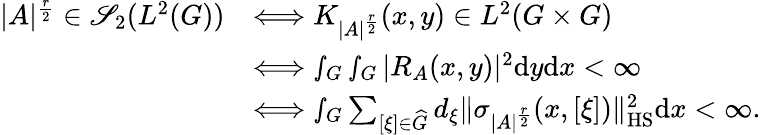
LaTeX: \begin{array}{rl}{|A|^{\frac{r}{2}}\in\mathscr{S}_{2}(L^{2}(G))}&{\Longleftrightarrow K_{|A|^{\frac{r}{2}}}(x,y)\in L^{2}(G\times G)}\\ &{\Longleftrightarrow\smallint_{G}\smallint_{G}|R_{A}(x,y)|^{2}\textnormal{d}y\textnormal{d}x<\infty}\\ &{\Longleftrightarrow\smallint_{G}\sum_{[\xi]\in\widehat{G}}d_{\xi}\Vert\sigma_{|A|^{\frac{r}{2}}}(x,[\xi])\| _{\textnormal{HS}}^{2}\textnormal{d}x<\infty.}\end{array}